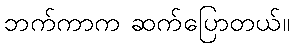
ဘက်ကာက ဆက်ပြောတယ်။